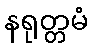
နရုတ္တမံ